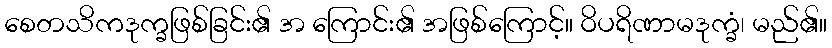
စေတသိကဒုက္ခဖြစ်ခြင်း၏ အ ကြောင်း၏ အဖြစ်ကြောင့်။ ဝိပရိဏာမဒုက္ခံ၊ မည်၏။